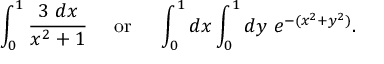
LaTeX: \int _ { 0 } ^ { 1 } { \frac { 3 \ d x } { x ^ { 2 } + 1 } } \quad { \mathrm { ~ o r ~ } } \quad \int _ { 0 } ^ { 1 } d x \int _ { 0 } ^ { 1 } d y \ e ^ { - ( x ^ { 2 } + y ^ { 2 } ) } .